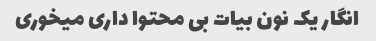
انگار یک نون بیات بی محتوا داری میخوری